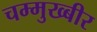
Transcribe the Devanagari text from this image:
चम्मुख्बीर